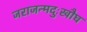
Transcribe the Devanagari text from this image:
जराजन्मदुःखौघ